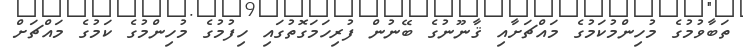
ތަބާވުމުގެ މުހިންމުކަމުގެ މައްޗަށާއި ޤާނޫނުގެ ބޭނުން ފުރިހަމަގޮތުގައި ހިފުމުގެ މުހިންމުގެ ކަމުގެ މައްޗަށް